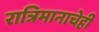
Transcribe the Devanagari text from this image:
रात्रिमानाचेही